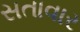
સતાવાર